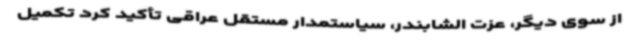
از سوی دیگر، عزت الشابندر، سیاستمدار مستقل عراقی تأکید کرد تکمیل